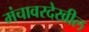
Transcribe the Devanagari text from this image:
मंचावरदेखील